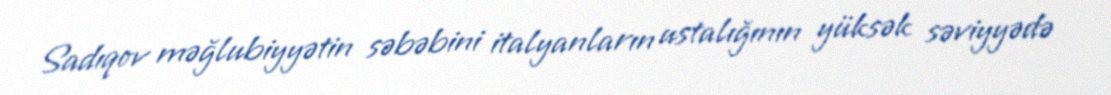
Sadıqov məğlubiyyətin səbəbini italyanların ustalığının yüksək səviyyədə